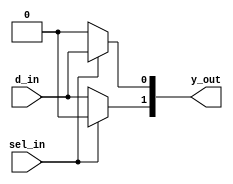
`timescale 1ns / 1ps
//////////////////////////////////////////////////////////////////////////////////
// Company: 
// Engineer: 
// 
// Design Name: 
// Module Name: demux_1to2_ifesle
// Project Name: 
// Target Devices: 
// Tool Versions: 
// Description: 
// 
// Dependencies: 
// 
// Revision:
// Revision 0.01 - File Created
// Additional Comments:
// 
//////////////////////////////////////////////////////////////////////////////////


module demux_1to2_ifelse(
input d_in,
input sel_in,
output reg [1:0]y_out);

always@(*)
begin
if(sel_in)
        begin
        y_out[0]=d_in;
        y_out[1]='b0;
        end
 else   
        begin
        y_out[0]='b0;
        y_out[1]=d_in;
        end
 end
endmodule